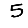
Digit: 5